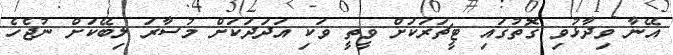
އޭނާ ވިދާޅުވި ގޮތުގައި ޓީޗަރަކަށް ވީތީ ވަކި އަދަދަކަށް މުސާރަ ލިބޭކަށް ނުޖެހެ